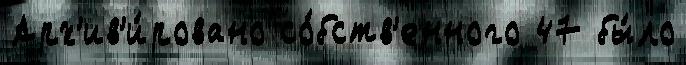
Арх'ив'и́ровано со́бств'енного 47 бы́ло